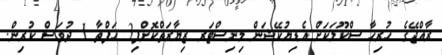
ރާއްޖޭގެ ހުރިހާ ސްކޫލަކަށް އެޑިޔުކޭޝަން މިނިސްޓަރ ޒިޔާރަތްކޮށްފި3 ހަފްތާ 1 ދުވަސް ކުރިން.